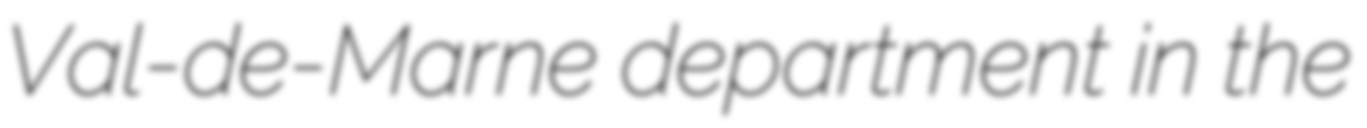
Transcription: Val-de-Marne department in the